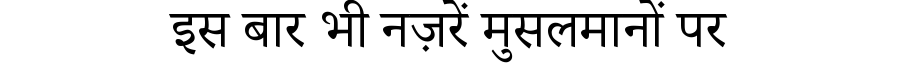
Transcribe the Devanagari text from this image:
इस बार भी नज़रें मुसलमानों पर